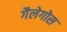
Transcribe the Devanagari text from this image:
गैलेगोस